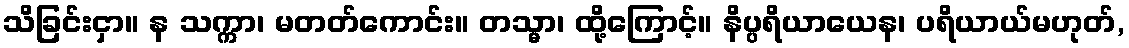
သိခြင်းငှာ။ န သက္ကာ၊ မတတ်ကောင်း။ တသ္မာ၊ ထို့ကြောင့်။ နိပ္ပရိယာယေန၊ ပရိယာယ်မဟုတ်,